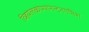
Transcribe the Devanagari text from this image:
व्हियेलकोम्पोनेन्टेनगेमिश